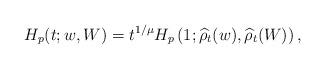
LaTeX: \begin{align*}H_p(t;w,W) = t^{1/\mu}H_p\left(1; \widehat{\rho}_t(w),\widehat{\rho}_t(W)\right), \end{align*}